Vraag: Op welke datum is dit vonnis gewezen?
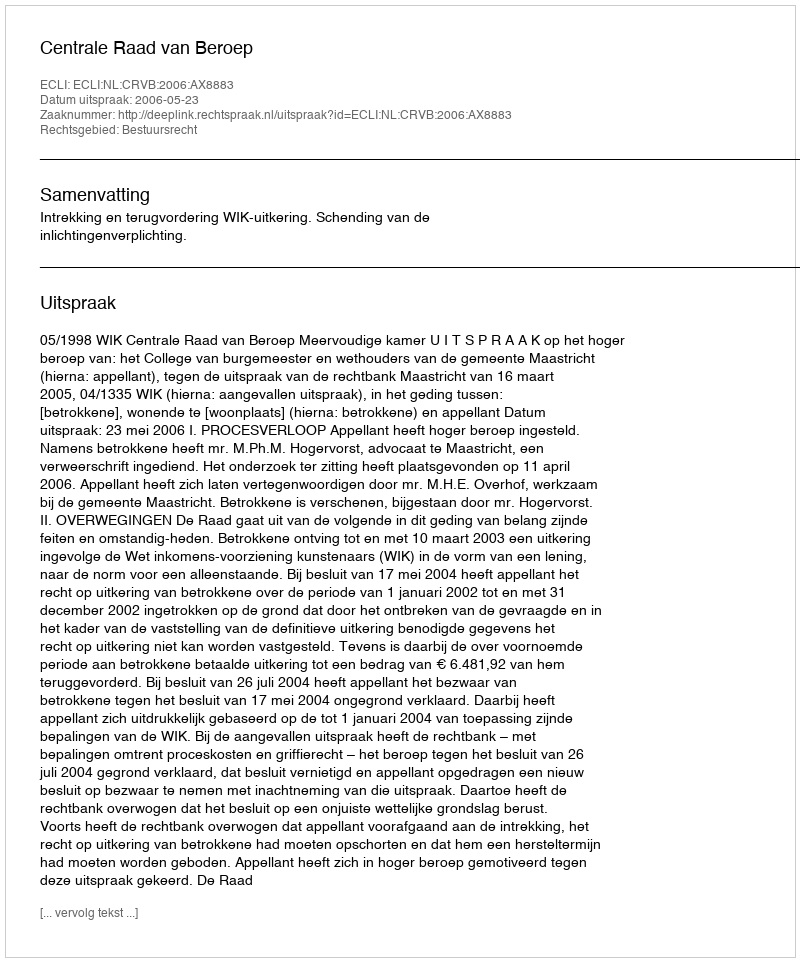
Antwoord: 2006-05-23